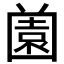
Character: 𡈤